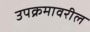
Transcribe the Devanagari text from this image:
उपक्रमावरील